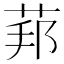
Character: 𦰥